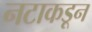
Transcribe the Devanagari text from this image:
नटाकडून